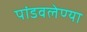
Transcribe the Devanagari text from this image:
पांडवलेण्या